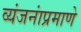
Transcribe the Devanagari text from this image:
व्यंजनांप्रमाणे